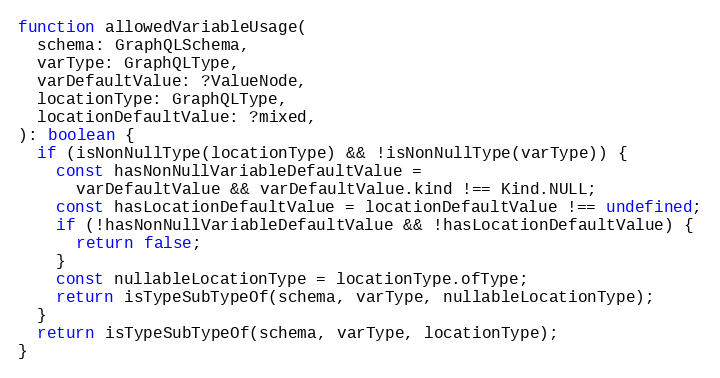
Language: JavaScript
function allowedVariableUsage(
  schema: GraphQLSchema,
  varType: GraphQLType,
  varDefaultValue: ?ValueNode,
  locationType: GraphQLType,
  locationDefaultValue: ?mixed,
): boolean {
  if (isNonNullType(locationType) && !isNonNullType(varType)) {
    const hasNonNullVariableDefaultValue =
      varDefaultValue && varDefaultValue.kind !== Kind.NULL;
    const hasLocationDefaultValue = locationDefaultValue !== undefined;
    if (!hasNonNullVariableDefaultValue && !hasLocationDefaultValue) {
      return false;
    }
    const nullableLocationType = locationType.ofType;
    return isTypeSubTypeOf(schema, varType, nullableLocationType);
  }
  return isTypeSubTypeOf(schema, varType, locationType);
}